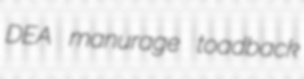
DEA manurage toadback